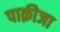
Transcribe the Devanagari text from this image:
पाक़ीजा